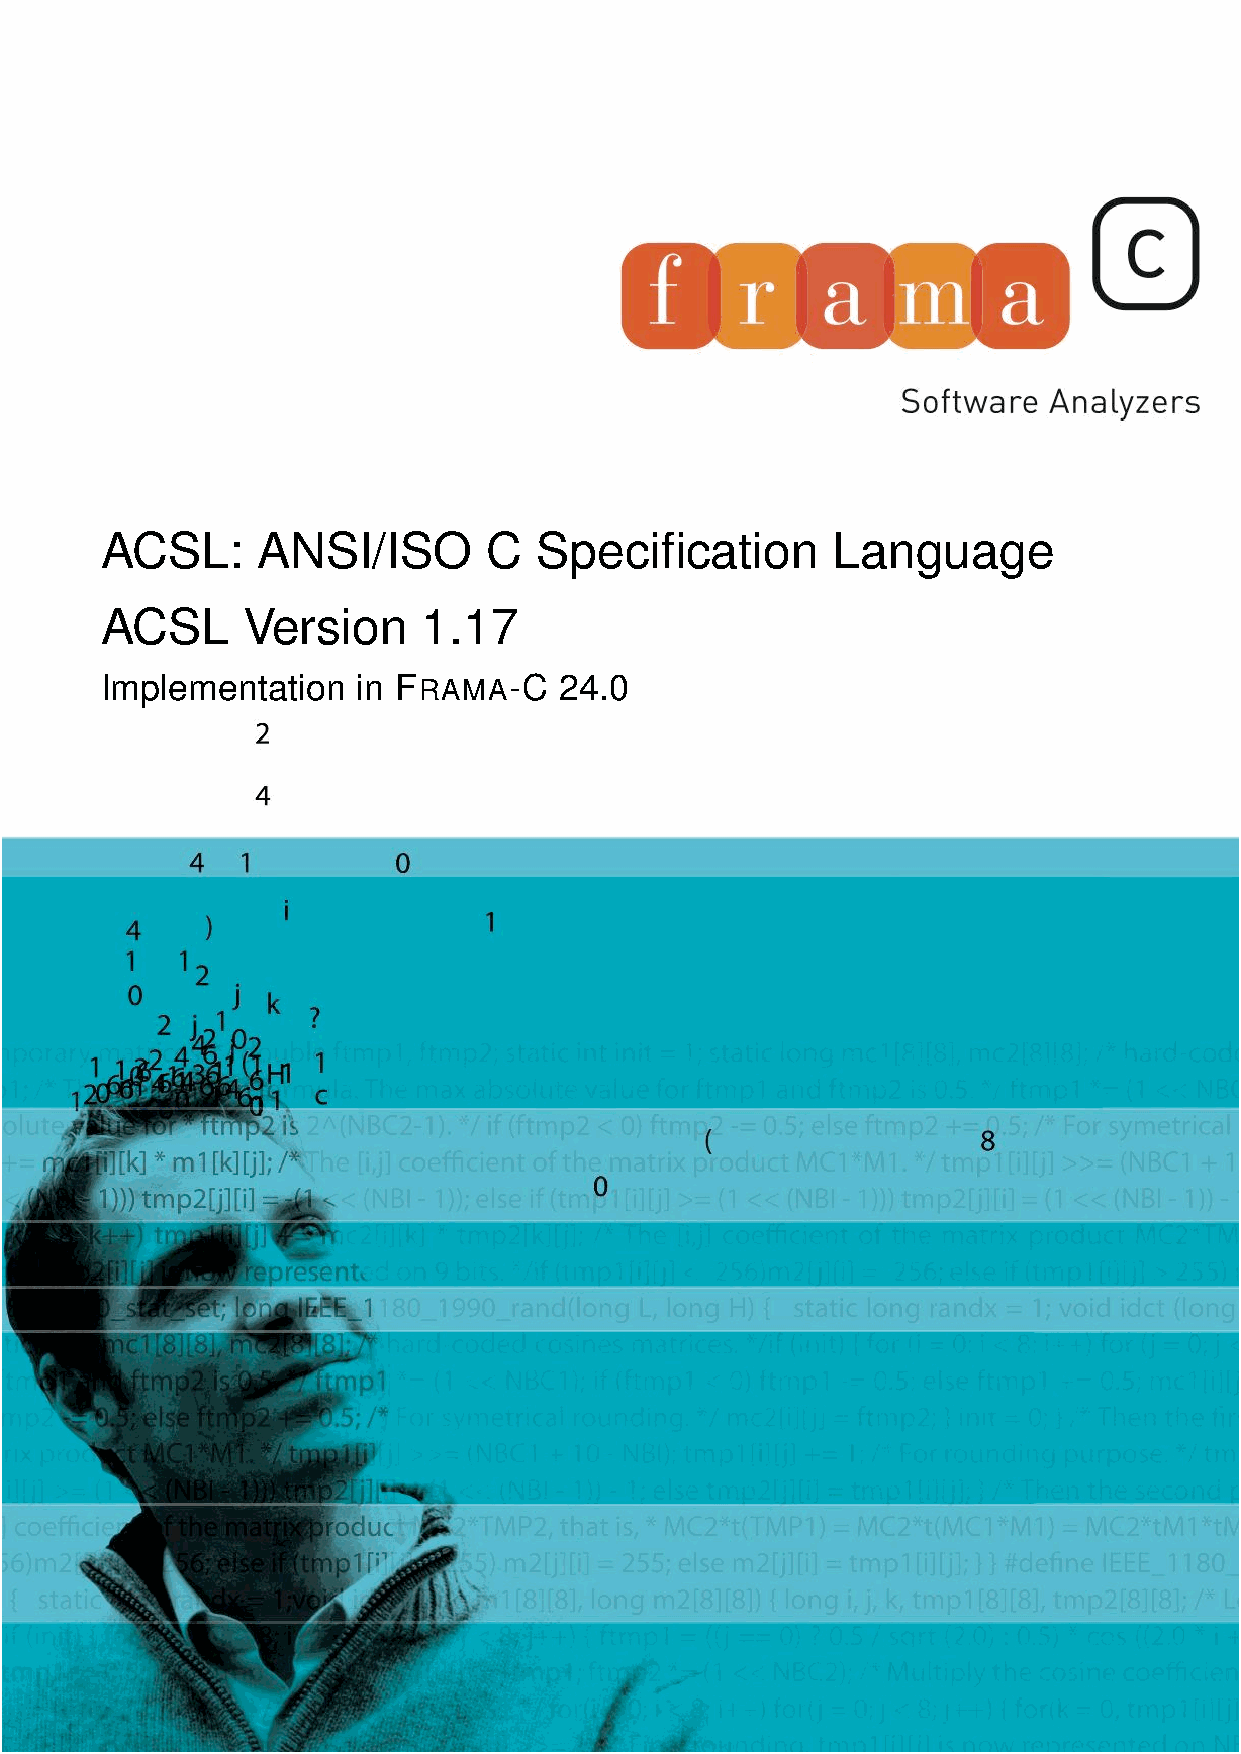
ACSL:     ANSI/ISO       C   Specification      Language
 ACSL     Version     1.17
 Implementation   in FRAMA-C   24.0